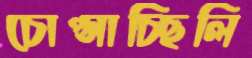
চোপ্‌সাচ্ছিলি